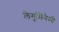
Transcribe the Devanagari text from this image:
लेगुमिनेसी